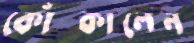
কোঁচ্‌কালেন